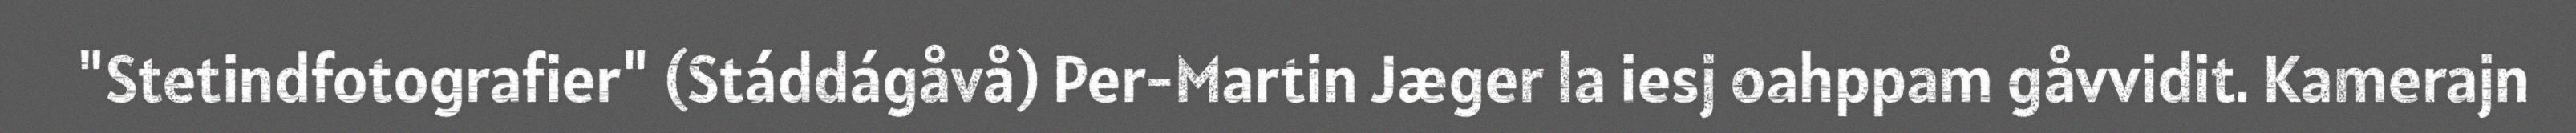
"Stetindfotografier" (Stáddágåvå) Per-Martin Jæger la iesj oahppam gåvvidit. Kamerajn